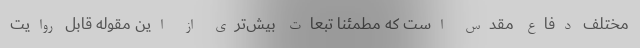
مختلف دفاع مقدس است که مطمئنا تبعات بیش‌تری از این مقوله قابل روایت